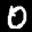
Label: 0